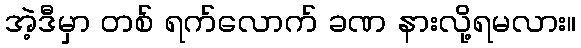
အဲ့ဒီမှာ တစ် ရက်လောက် ခဏ နားလို့ရမလား။